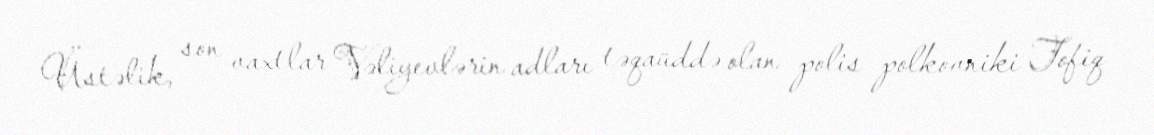
Üstəlik, son vaxtlar Vəliyevlərin adları təqaüddə olan polis polkovniki Tofiq